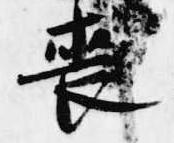
喪